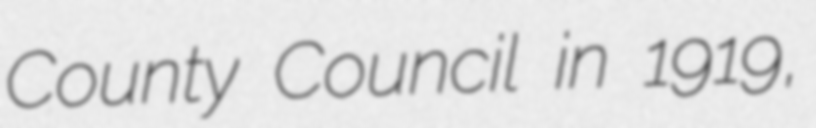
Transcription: County Council in 1919,